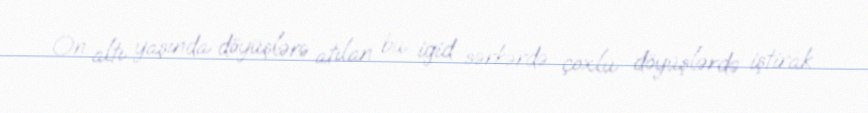
On altı yaşında döyüşlərə atılan bu igid sərkərdə çoxlu döyüşlərdə iştirak